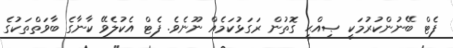
ފެޓް ބޭނުންކުރުމަކީ ޞިއްޙީ ގޮތުން ރަގަޅުކަމެއް ނޫނެވެ. ފެޓް އެކުލެވޭ ކާނާގެ ބާވަތްތަކުގެ